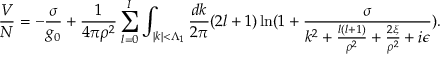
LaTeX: \frac { V } { N } = - \frac { \sigma } { g _ { 0 } } + \frac { 1 } { 4 \pi \rho ^ { 2 } } \sum _ { l = 0 } ^ { I } \int _ { | k | < \Lambda _ { 1 } } \frac { d k } { 2 \pi } ( 2 l + 1 ) \ln ( 1 + \frac { \sigma } { k ^ { 2 } + \frac { l ( l + 1 ) } { \rho ^ { 2 } } + \frac { 2 \xi } { \rho ^ { 2 } } + i \epsilon } ) .